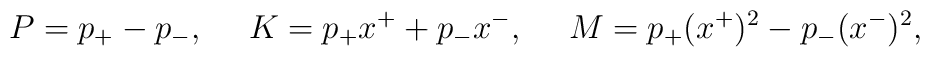
P=p_+-p_-,~~~~K=p_+x^++p_-x^-,~~~~M=p_+(x^+)^2-p_-(x^-)^2,